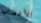
للأعصاب